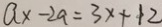
a x - 2 a = 3 x + 1 2